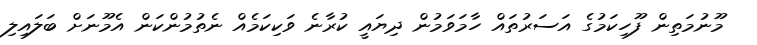
މޫނުމަތިން ފޫހިކަމުގެ އަސަރުތައް ހާމަވަމުން ދިޔައީ ކުރާނެ ވަކިކަމެއް ނެތުމުންކަން އެމޫނަށް ބަލައިލި